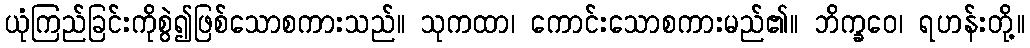
ယုံကြည်ခြင်းကိုစွဲ၍ဖြစ်သောစကားသည်။ သုကထာ၊ ကောင်းသောစကားမည်၏။ ဘိက္ခဝေ၊ ရဟန်းတို့။